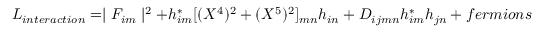
L _ { i n t e r a c t i o n } = \mid F _ { i m } \mid ^ { 2 } + h _ { i m } ^ { \ast } [ ( X ^ { 4 } ) ^ { 2 } + ( X ^ { 5 } ) ^ { 2 } ] _ { m n } h _ { i n } + D _ { i j m n } h _ { i m } ^ { \ast } h _ { j n } + f e r m i o n s